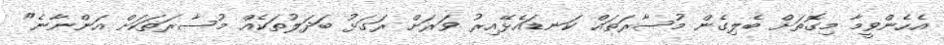
އެހެންވީމާ މިގޮތަށް ބެލިގެން މުސާރަތައް ކަނޑައެޅޭއިރު ވަރަށް ރަގަޅު ބަދަލުތަކެއް މުސާރަތަކަށް އަންނާނެ"